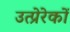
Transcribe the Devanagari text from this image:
उत्प्रेरेकों